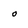
Character: o